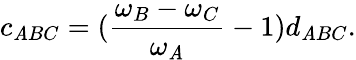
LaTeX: c_{\mathit{A}BC}=(\frac{{\omega_{B}-\omega_{C}}}{{\omega_{\mathit{A}}}}-1)d_{\mathit{A}BC}.